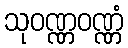
သုဝဏ္ဏဝဏ္ဏံ